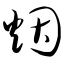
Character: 烟